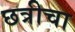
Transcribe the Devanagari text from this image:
छत्रीचा